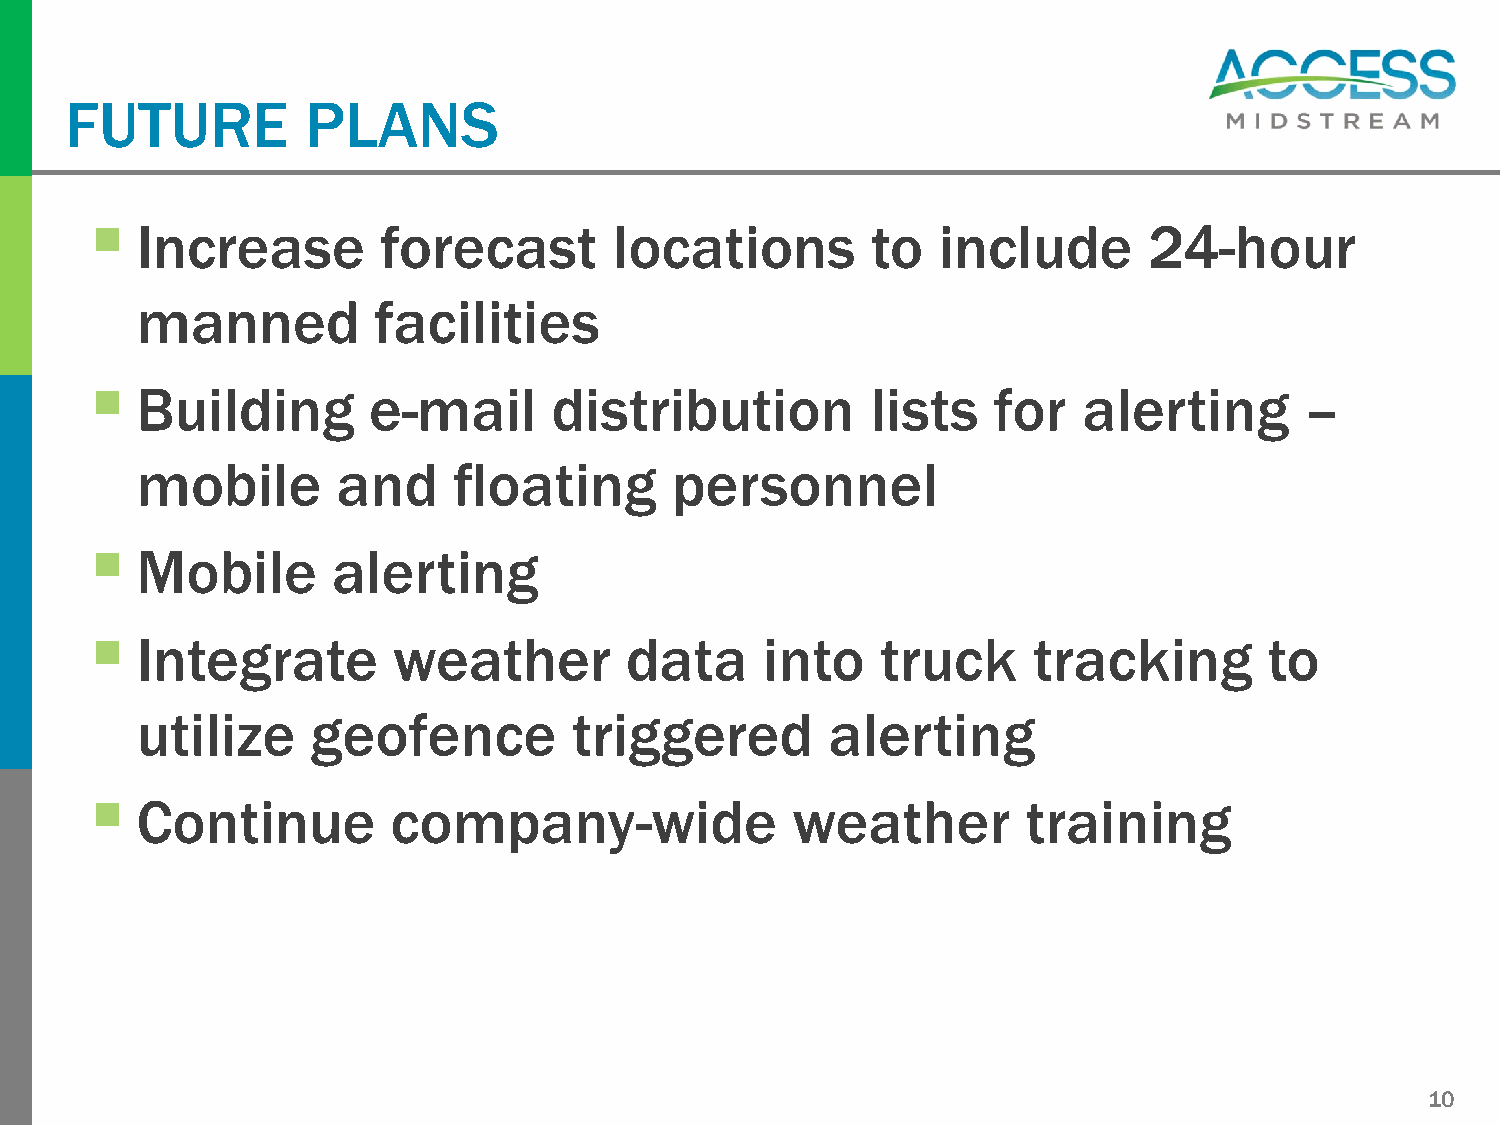
FUTURE          PLANS
 
 Increase        forecast        locations        to  include       24-hour
 manned          facilities
 
 Building       e-mail       distribution         lists   for   alerting      –
 mobile       and     floating      personnel
 
 Mobile       alerting
 
 Integrate        weather        data      into   truck     tracking        to
 utilize     geofence         triggered        alerting
 
 Continue         company-wide              weather         training
 10